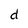
Character: d